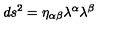
d s ^ { 2 } = \eta _ { \alpha \beta } \lambda ^ { \alpha } \lambda ^ { \beta }